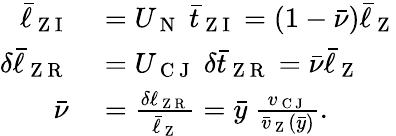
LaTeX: \begin{array}{rl}{\bar{\ell}_{\mathrm{~Z~I~}}}&{{}=U_{\mathrm{~N~}}\; \bar{t}_{\mathrm{~Z~I~}}=(1-\bar{\nu})\bar{\ell}_{\mathrm{~Z~}}}\\ {\delta\bar{\ell}_{\mathrm{~Z~R~}}}&{{}=U_{\mathrm{~C~J~}}\; \delta\bar{t}_{\mathrm{~Z~R~}}=\bar{\nu}\bar{\ell}_{\mathrm{~Z~}}}\\ {\bar{\nu}}&{{}=\frac{\delta\ell_{\mathrm{~Z~R~}}}{\bar{\ell}_{\mathrm{~Z~}}}=\bar{y}\; \frac{v_{\mathrm{~C~J~}}}{\bar{v}_{\mathrm{~Z~}}(\bar{y})}.\quad}\end{array}